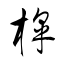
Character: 槹